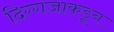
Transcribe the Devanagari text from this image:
दिग्गजाकडून